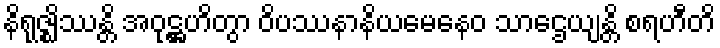
နိရုဇ္ဈိဿန္တိ အဝုဋ္ဌဟိတွာ ဝိပဿနာနိယမေနေဝ သာဌေယျန္တိ စရဟီတိ